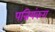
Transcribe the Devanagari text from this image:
पन्नियंकरा